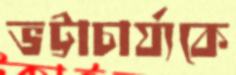
ভট্টাচার্য্যকে